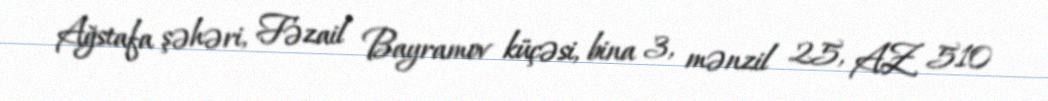
Ağstafa şəhəri, Fəzail Bayramov küçəsi, bina 3, mənzil 25, AZ 510